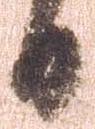
日